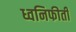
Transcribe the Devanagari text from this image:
ध्वनिफीती